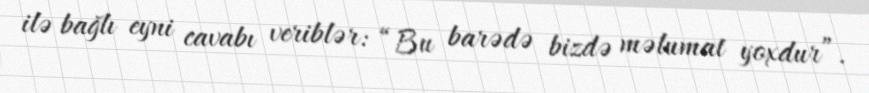
ilə bağlı eyni cavabı veriblər: “Bu barədə bizdə məlumat yoxdur”.